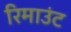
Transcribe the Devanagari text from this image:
रिमाउंट